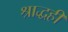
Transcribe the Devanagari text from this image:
श्राद्धही